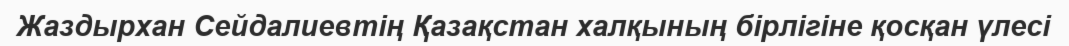
Жаздырхан Сейдалиевтің Қазақстан халқының бірлігіне қосқан үлесі